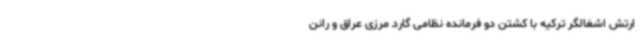
ارتش اشغالگر ترکیه با کشتن دو فرمانده نظامی گارد مرزی عراق و رانن